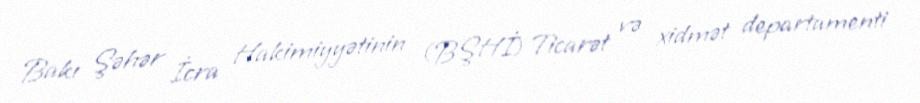
Bakı Şəhər İcra Hakimiyyətinin (BŞHİ) Ticarət və xidmət departamenti